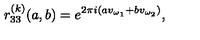
r _ { 3 3 } ^ { ( k ) } ( a , b ) = e ^ { 2 \pi i ( a v _ { \omega _ { 1 } } + b v _ { \omega _ { 2 } } ) } ,